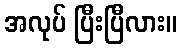
အလုပ် ပြီးပြီလား။